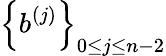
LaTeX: \left\{ b^{(j)}\right\} _{0\leq j\leq n-2}